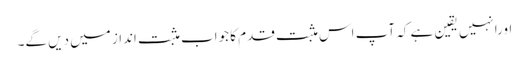
اورانہیں یقین ہے کہ آپ اس مثبت قدم کا جواب مثبت انداز میں دیں گے۔